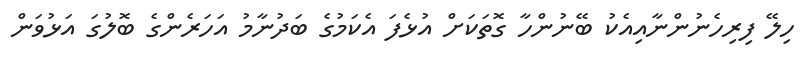
ހިލޭ ފިރިހެނުންނާއިއެކު ބޭނުންހާ ގޮތަކަށް އުޅެފަ އެކަމުގެ ބަދުނާމު އަހަރެންގެ ބޮލުގަ އަޅުވަން